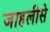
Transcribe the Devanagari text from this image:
जाहलीसे